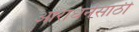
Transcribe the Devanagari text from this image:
आराधनेसाठी